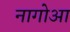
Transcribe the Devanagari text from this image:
नागोआ